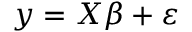
\boldsymbol { y } = \boldsymbol { X } \beta + \varepsilon